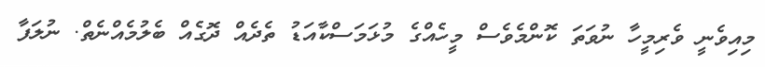
މިއިވެނީ ވެރިމީހާ ނުވަތަ ކޮންމެވެސް މީހެއްގެ މުޅަމަސްކާއަޑު ތެދެއް ދޮގެއް ބެލުމެއްނެތް. ނުލަފާ